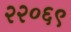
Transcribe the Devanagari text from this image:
२२०६९